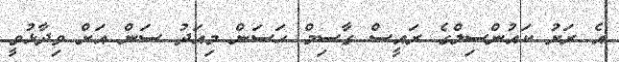
އެ ރަށު ކައުންސިލްގެ ރައީސް ގާސިމް ހަސަން މިއަދު ސަން އަށް ވިދާޅުވީ